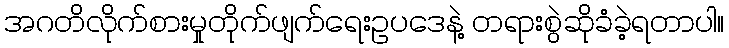
အဂတိလိုက်စားမှုတိုက်ဖျက်ရေးဥပဒေနဲ့ တရားစွဲဆိုခံခဲ့ရတာပါ။